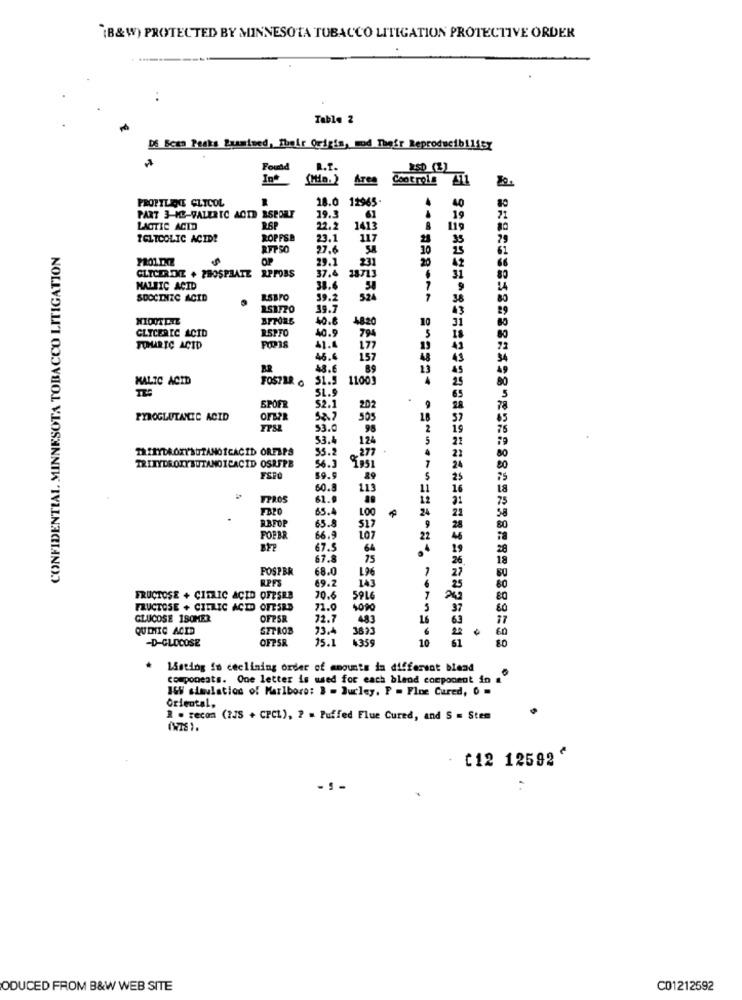
(B&W) PROTECTED BY MINNESOTA TOBACCO LITIGATION PROTECTIVE ORDER
..
Table 2
DS Bean Peaks Examined, Their Origis, mod Their Reproducib1115y
Found
R.T.
XSD (3)
In*
Area
Soot role 411
PROPILENE CLICOL
18.0 12965
40
PART 3-ME-VALERIC ACID ASPOLY
19.3
61
19
LACTIC ACID
RSP
22.2
1413
119
TELTCOLIC ACID?
ROPFSB
23.1
117
35
CONFIDENTIAL MINNESOTA TOBACCO LITIGATION
27.6
61
OP
29.1
231
42
37.4
18713
CLICERINE + PHOSPHATE RPFOBS
31
80
MALEIC ACID
38.
7
9
24
SDOCINIC ACID
59.2
524
38
19.7
43
40.8
4820
10
31
RSPFO
40.9
CLICERIC ACID
794
18
TOMARIC ACID
41.4
1.77
43
46.6
157
48
BR
13
45
MALIC ACID
FOSTER ·
51.5
11005
25
SL.9
SPOFR
$2.1
202
9
PYROGLUTANIC ACID
OFBPR
505
18
FTS
53.0
95
2
19
53.4
124
5
55.2
_277
22
56.3
TRITYDROITBUTANOICACID OSRFPB
1
24
89
25
60.8
113
11
16
FPROS
61.9
65.4
LOO
24
21
RBFOP
65.8
9
517
28
FORBR
66.9
107
22
46
67.5
64
19
67.8
75
26
POSPBR
68.0
196
27
69.2
25
143
6
FRUCTOSE + CIELIC ACID OFESRB
20.6
59L
7
FRUCTOSE + CITRIC ACID OFESRD
71.0
1090
5
37
60
GLUCOSE 1SOMER
OFPSR
72.7
483
63
17
QUIMIC ACID
SETROB
23.4
3833
60
OFPSR
25.1
4359
10
61
-D-GLOCOSE
LSsting fo declining order of amounts in different blend
components. One letter is used for each blend component in
169 simulation of Marlboro: 3 = Jurley. P = Fine Cured, 0 =
Oriental,
1 . recom (?JS + CPCL), ? = Puffed Flue Cured, and S = Stem
[12 12592
ODUCED FROM B&W WEB SITE
C01212592